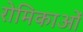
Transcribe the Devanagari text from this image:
रोमिकाओं